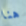
هنا